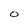
Character: O